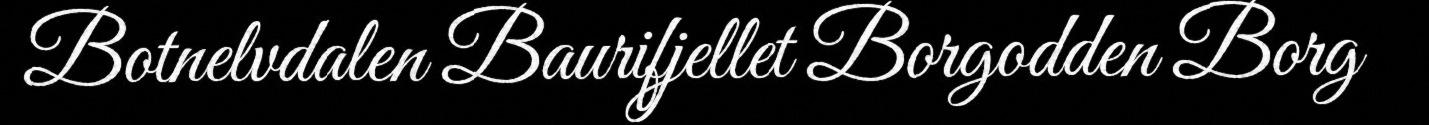
Botnelvdalen Baurifjellet Borgodden Borg